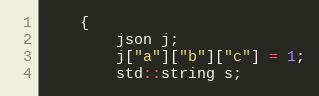
Language: C++
    {
        json j;
        j["a"]["b"]["c"] = 1;
        std::string s;